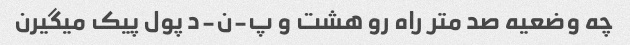
چه وضعیه صد متر راه رو هشت و پ-ن-د پول پیک میگیرن